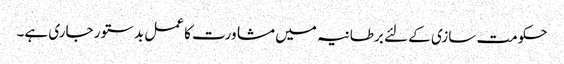
حکومت سازی کے لئے برطانیہ میں مشاورت کا عمل بدستور جاری ہے۔